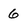
Character: 6